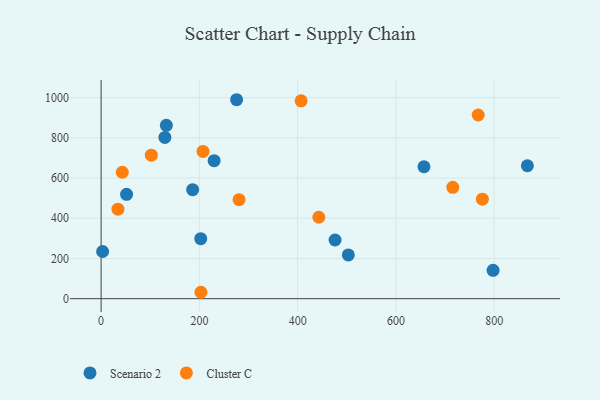
{"axis": {"x": "Price", "y": "Rating"}, "legend": ["Cluster C", "Scenario 2"], "data": [{"x": "867.5", "y": 661.1, "type": "Scenario 2"}, {"x": "202.8", "y": 298.3, "type": "Scenario 2"}, {"x": "657.1", "y": 656.1, "type": "Scenario 2"}, {"x": "230.0", "y": 686.5, "type": "Scenario 2"}, {"x": "797.7", "y": 140.8, "type": "Scenario 2"}, {"x": "51.8", "y": 518.9, "type": "Scenario 2"}, {"x": "275.8", "y": 989.4, "type": "Scenario 2"}, {"x": "503.1", "y": 217.4, "type": "Scenario 2"}, {"x": "476.1", "y": 291.7, "type": "Scenario 2"}, {"x": "186.3", "y": 542.2, "type": "Scenario 2"}, {"x": "3.1", "y": 234.6, "type": "Scenario 2"}, {"x": "132.8", "y": 862.2, "type": "Scenario 2"}, {"x": "129.8", "y": 802.0, "type": "Scenario 2"}, {"x": "34.3", "y": 444.9, "type": "Cluster C"}, {"x": "280.7", "y": 492.3, "type": "Cluster C"}, {"x": "443.1", "y": 404.8, "type": "Cluster C"}, {"x": "775.9", "y": 494.6, "type": "Cluster C"}, {"x": "715.7", "y": 553.8, "type": "Cluster C"}, {"x": "203.1", "y": 31.8, "type": "Cluster C"}, {"x": "102.2", "y": 713.4, "type": "Cluster C"}, {"x": "207.4", "y": 732.3, "type": "Cluster C"}, {"x": "767.4", "y": 913.5, "type": "Cluster C"}, {"x": "43.1", "y": 628.6, "type": "Cluster C"}, {"x": "407.1", "y": 983.7, "type": "Cluster C"}]}